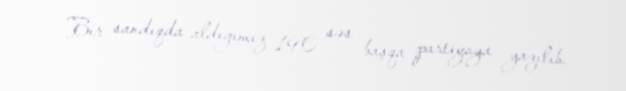
Bir sandıqda aldığımız 190 səs başqa partiyaya yazılıb.